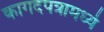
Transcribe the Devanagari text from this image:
कागदपत्रामध्ये